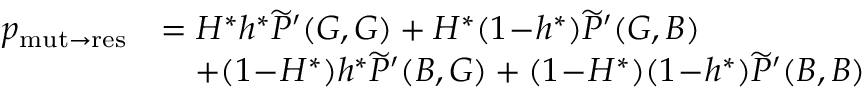
\begin{array} { r l } { p _ { \mathrm { m u t \to r e s } } } & { = H ^ { \ast } h ^ { \ast } \widetilde { P } ^ { \prime } ( G , G ) + H ^ { \ast } ( 1 \! - \! h ^ { \ast } ) \widetilde { P } ^ { \prime } ( G , B ) } \\ & { \quad + ( 1 \! - \! H ^ { \ast } ) h ^ { \ast } \widetilde { P } ^ { \prime } ( B , G ) + ( 1 \! - \! H ^ { \ast } ) ( 1 \! - \! h ^ { \ast } ) \widetilde { P } ^ { \prime } ( B , B ) } \end{array}